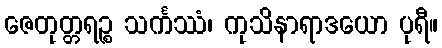
ဇေတုတ္တရဉ္စ သင်္ကဿံ၊ ကုသိနာရာဒယော ပုရီ။